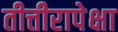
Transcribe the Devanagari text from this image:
तीत्तीरापेक्षा